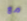
مع